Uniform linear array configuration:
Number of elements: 12
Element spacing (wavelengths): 1
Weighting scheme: hamming
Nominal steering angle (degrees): -30
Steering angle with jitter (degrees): -29.799
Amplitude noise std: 0.05
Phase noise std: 0.05

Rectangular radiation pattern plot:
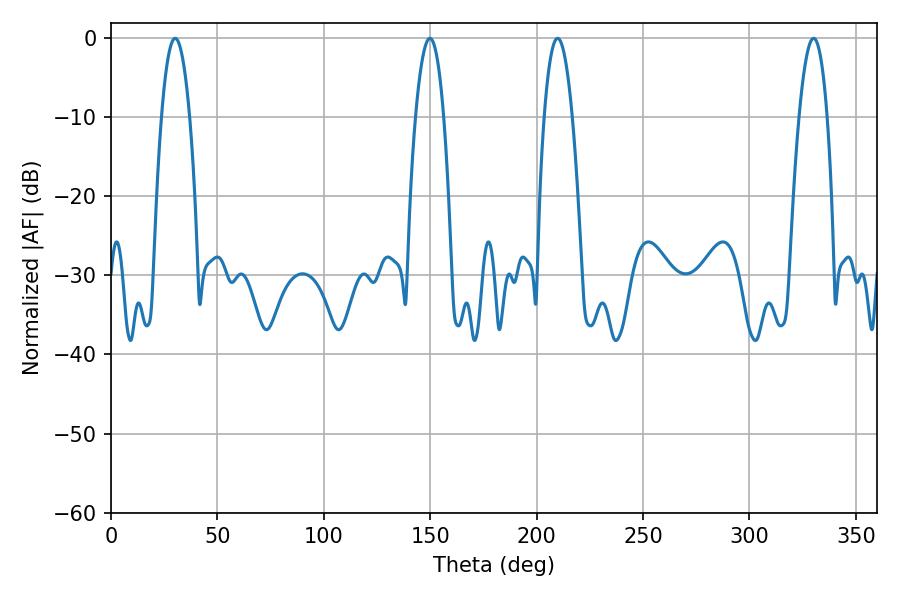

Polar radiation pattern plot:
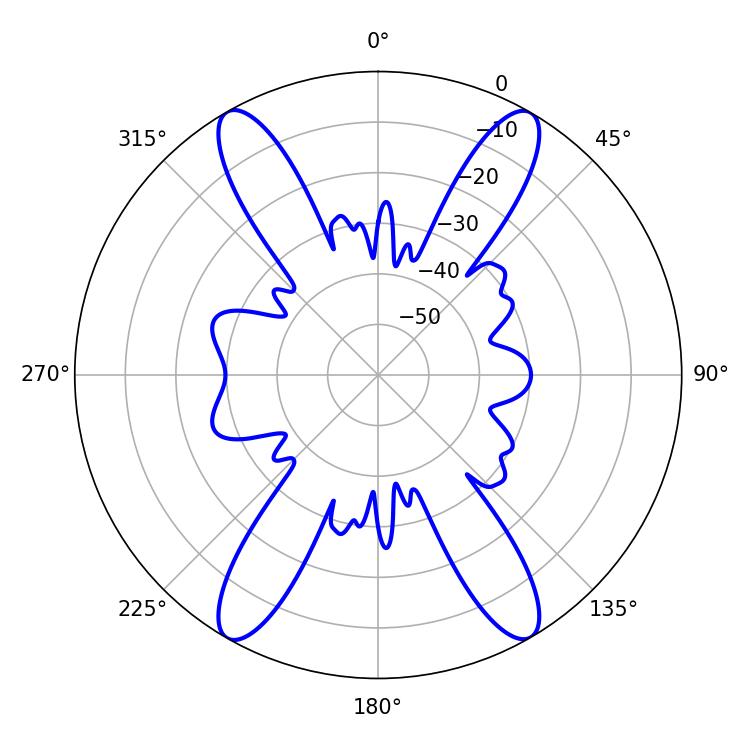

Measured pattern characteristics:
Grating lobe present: TRUE
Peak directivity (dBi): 34.992
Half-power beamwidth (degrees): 7.38
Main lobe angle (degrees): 209.88